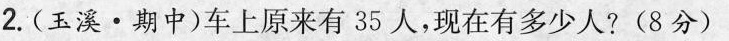
2.(玉溪·期中)车上原来有35人，现在有多少人?(8分)